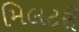
મિલટરી